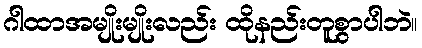
ဂါထာအမျိုးမျိုးလည်း ထိုနည်းတူစွာပါဘဲ။